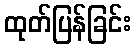
ထုတ်ပြန်ခြင်း